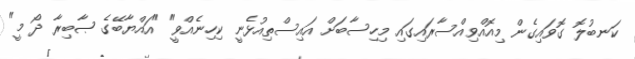
ކަނބުލޮ ގޮވައިގެން މިއޮއްވިއްސާރައިގައި މިހިސާބަށް އައިސްތިއުޅެނީ ކިހިނެއްވީ" "އައްޔާބޭގެ ޞާބިރާ ދޯ މީ"